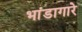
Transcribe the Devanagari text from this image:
भांडागारे